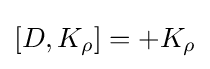
[D,K_{\rho }]=+K_{\rho }